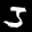
Label: 3